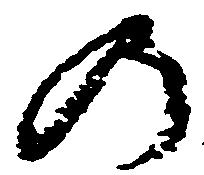
の